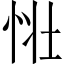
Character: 𢙳